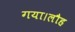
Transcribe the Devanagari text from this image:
गया।लौह